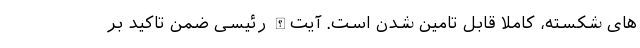
های شکسته، کاملا قابل تامین شدن است. آیت‌الله رئیسی ضمن تاکید بر